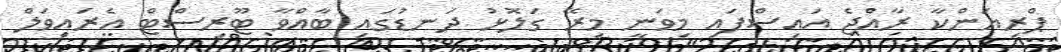
ޕްރިޔަންކާ ރާއްޖެ އައިސްފައި މިވަނީ މިރޭ ގަލޮޅު ދަނޑުގައި ބާއްވާ ޓޫރިސްޓް އެރައިވަލް